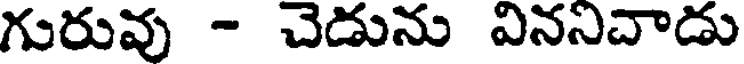
గురువు - చెడును విననిచాడు